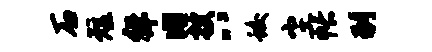
石短徉内搜八蛟尘帐到